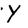
Character: Y